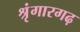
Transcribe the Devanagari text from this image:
श्रृंगारगढ़